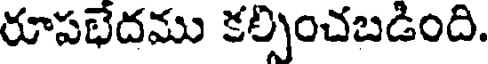
రూపభేదము కల్పించబడింది.